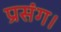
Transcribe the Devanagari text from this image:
प्रसंग।